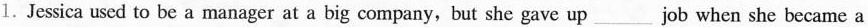
1. Jessica used to be a manager at a big company, but she gave up ___ job when she became a